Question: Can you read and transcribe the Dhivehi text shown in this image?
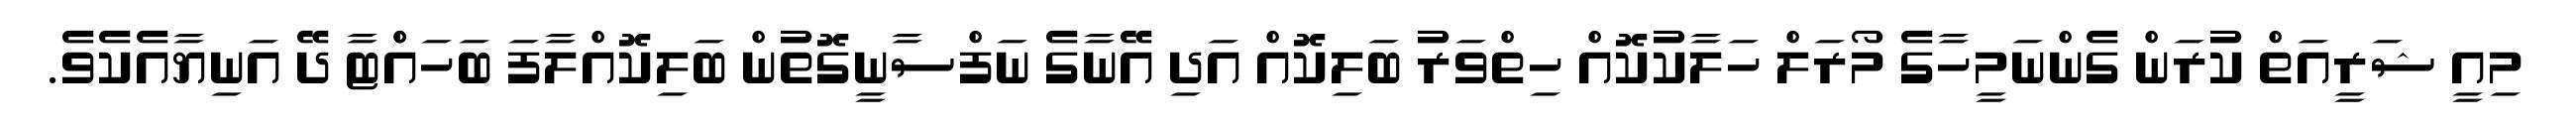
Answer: މިއީ ޝަރީއަތް ކުރަން ގެންނަމީހާގެ މޯރަލް ހަލާކުކޮއް ހިތްވަރު ބަލިކޮއް އަދި އޭނާގެ ނަފްސާނީގޮތުން ބަލިކޮއްލާފަ ބަހައްްޓާ ދޭ އަނިޔާއެކެވެ.